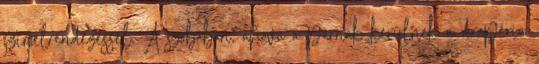
színelrendezéssel. A szobában, ahova a párnák kerülnek a drapéria